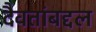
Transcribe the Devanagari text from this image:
दैवतांबद्दल